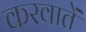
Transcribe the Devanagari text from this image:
करवातें